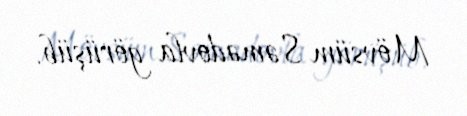
Mövsüm Səmədovla görüşüb.